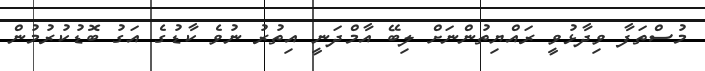
މުސްތަފާ ވިދާޅުވީ ރައްޔިތުންނަށް ލިބޭ އާމްދަނީ އިތުރު ނުވެ ކާޑުގެ އަގު ބޮޑުކުރުމުން